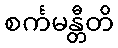
စင်္ကမန္တီတိ